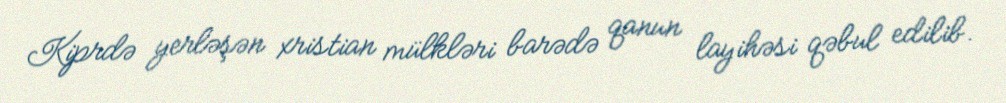
Kiprdə yerləşən xristian mülkləri barədə qanun layihəsi qəbul edilib.